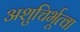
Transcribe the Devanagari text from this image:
अशुचिर्भूत्वा